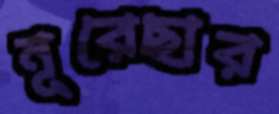
নূরেছার